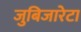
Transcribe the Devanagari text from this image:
जुबिजारेटा